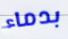
بدماء